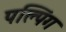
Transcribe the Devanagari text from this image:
पल्पिंग